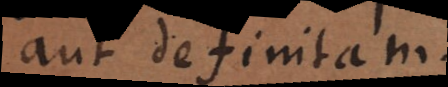
aut definitam.